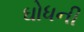
ઘોધની